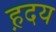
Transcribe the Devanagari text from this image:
ह़दय